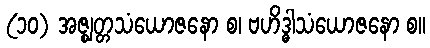
(၁၀) အဇ္ဈတ္တသံယောဇနော စ၊ ဗဟိဒ္ဓါသံယောဇနော စ။